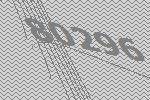
80296